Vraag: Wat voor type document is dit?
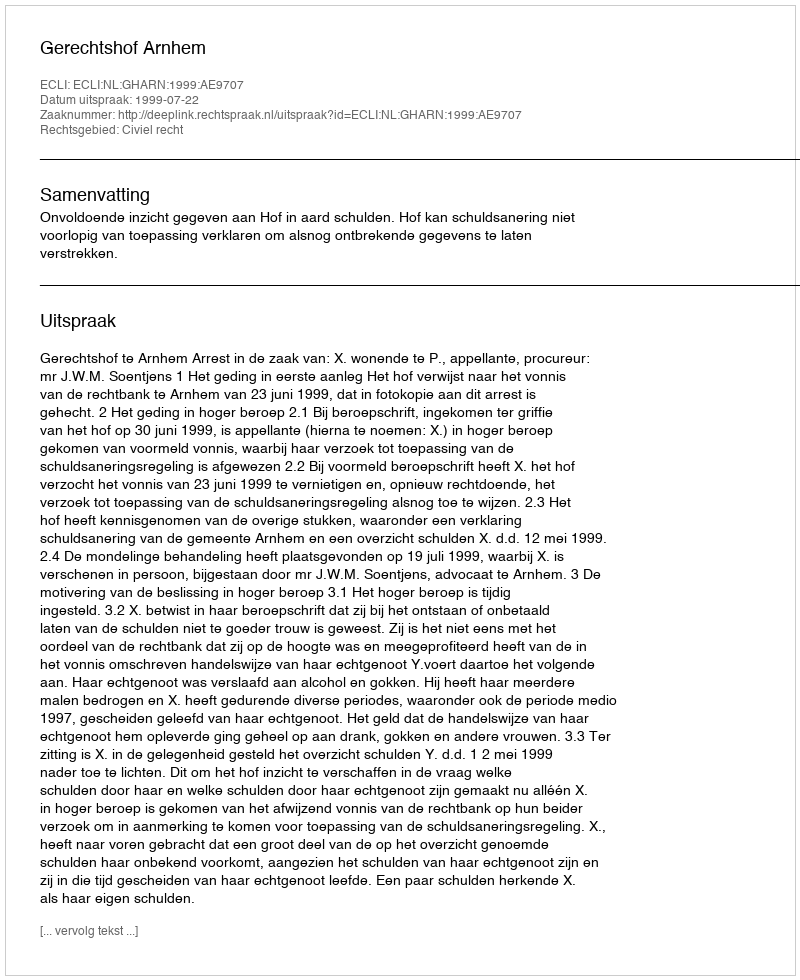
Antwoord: Uitspraak